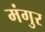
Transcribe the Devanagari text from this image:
मंगुर